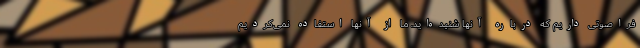
فراصوتی داریم که درباره آنها شنیده‌اید. ما از آنها استفاده نمی‌کردیم